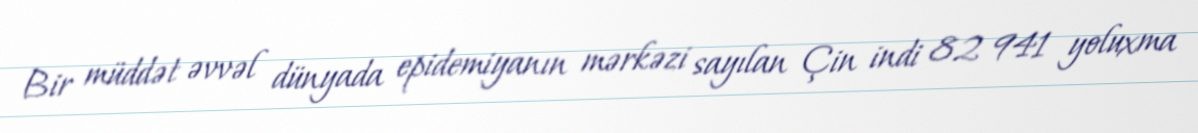
Bir müddət əvvəl dünyada epidemiyanın mərkəzi sayılan Çin indi 82 941 yoluxma